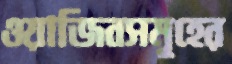
ওয়াজিবসমূহের